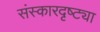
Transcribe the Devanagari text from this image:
संस्कारदृष्ट्या